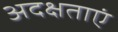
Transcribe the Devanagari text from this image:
अदक्षताएं